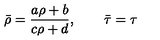
\bar { \rho } = \frac { a \rho + b } { c \rho + d } , \qquad \bar { \tau } = \tau